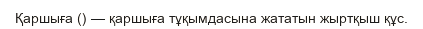
Қаршыға () — қаршыға тұқымдасына жататын жыртқыш құс.